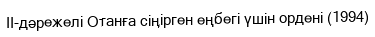
II-дәрежелі Отанға сіңірген еңбегі үшін ордені (1994)